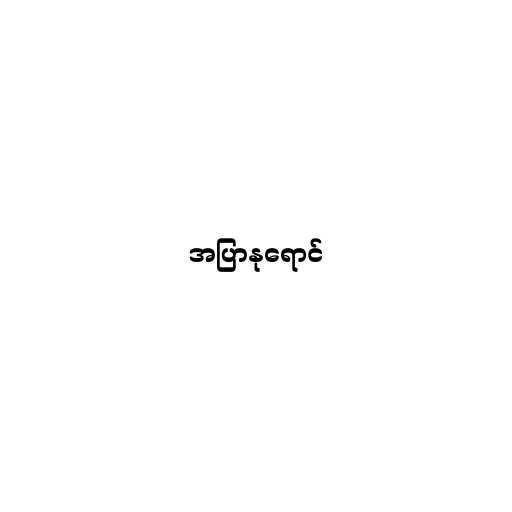
အပြာနုရောင်